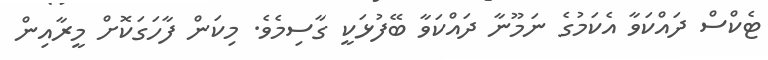
ޓެކްސް ދައްކަވާ އެކަމުގެ ނަމޫނާ ދައްކަވާ ބޭފުޅަކީ ގާސިމެވެ. މިކަން ފާހަގަކޮށް މީރާއިން